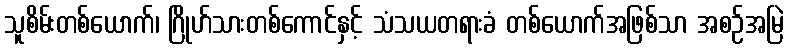
သူစိမ်းတစ်ယောက်၊ ဂြိုဟ်သားတစ်ကောင်နှင့် သံသယတရားခံ တစ်ယောက်အဖြစ်သာ အစဉ်အမြဲ